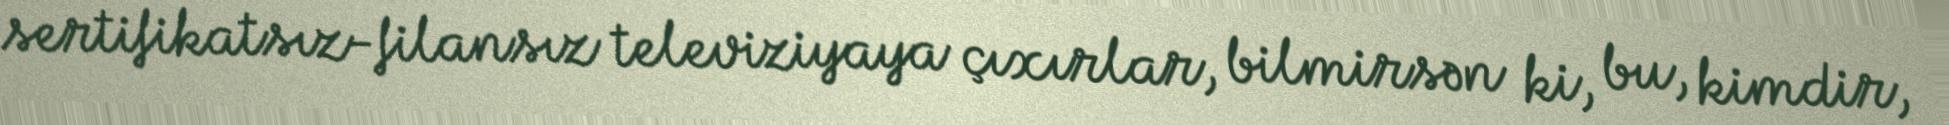
sertifikatsız-filansız televiziyaya çıxırlar, bilmirsən ki, bu, kimdir,